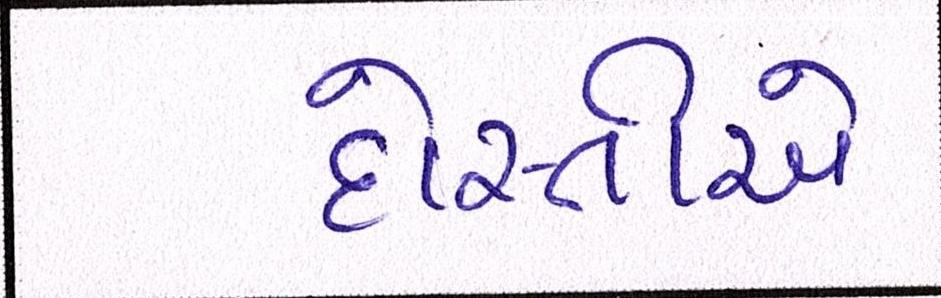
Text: દોસ્તીએ